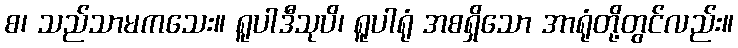
စ၊ သည်သာမကသေး။ ရူပါဒီသုပိ၊ ရူပါရုံ အစရှိသော အာရုံတို့တွင်လည်း။